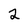
Character: 2